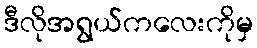
ဒီလိုအရွယ်ကလေးကိုမှ